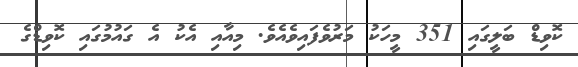
ކޮވިޑް ބަލީގައި 351 މީހަކު މަރުވެފައިވެއެވެ. މިއާއި އެކު އެ ގައުމުގައި ކޮވިޑްގެ